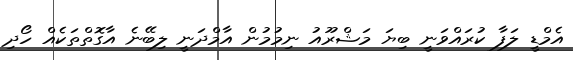
އެމްޑީ ލަފާ ކުރައްވަނީ ބިޔަ މަޝްރޫއު ނިމުމުން އާމްދަނީ ލިބޭނެ އާގޮތްތަކެއް ހޯދި